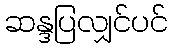
ဆန္ဒပြလျှင်ပင်